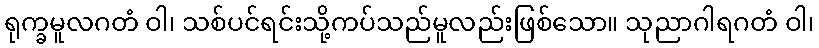
ရုက္ခမူလဂတံ ဝါ၊ သစ်ပင်ရင်းသို့ကပ်သည်မူလည်းဖြစ်သော။ သုညာဂါရဂတံ ဝါ၊